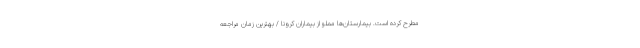
مطرح کرده است. بیمارستان‌ها مملو از بیماران کرونا / بهترین زمان مراجعه